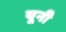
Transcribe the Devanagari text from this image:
यूनी